Scottish Leaving Certificate Examination, 1960
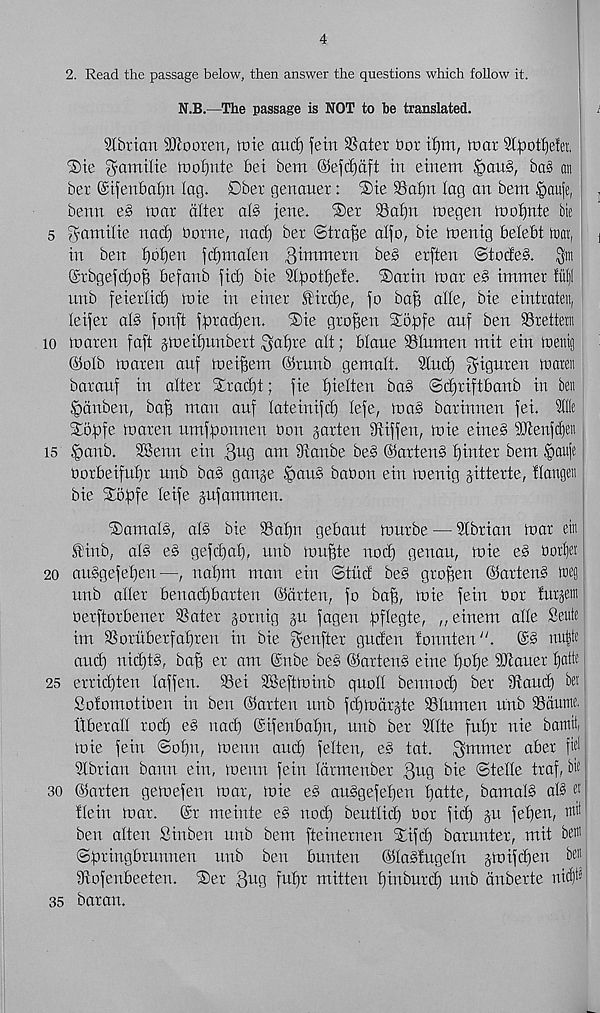
4
2. Read the passage below, then answer the questions which follow it.
N.B.—The passage is NOT to be translated.
SCbricm Sftooren, tote ctucf) feitt SSater hot tfjm, mat St^ottjefer.
®te gamilte iDoI^nte bei bem ®efd)aft in einem §au§, ba§ an
ber ©tfenbafjn lag. Dber genaiter: ®te 9Sai)n lag an bem ^auje,
benn e§ mar alter al§ jene. ®er SSafjn megen mofjnte Me
5 gamilie nad) borne, nad) ber ©tra^e alfo, bte mentg belebt tnat,
in ben fjbfjen fc^malen Qxmxmm be§ erften @tode§. Qm
(£rbgefct)o^ befanb fid) bie Slpotf)e!e. ®arin toar e§ immer fitf
unb feierlid) mie in einer fird)e, fo ba^ alle, bie eintraten,
leijer al§ fonft fpradjen. 'Sie gro^en Solafe anf ben 93rettern
io loaren faft jmeifjunbert ^af)re alt; blaue Slumen mit ein loenig
©olb loaren auf loei^em ©rnnb gemalt. Stud) ^iguren toareii
barauf in alter £rad)t; fie fjielten ba§ ©c^riftbanb in ben
§dnben, ba§ man auf lateinifd) lefe, loa§ barinnen fei. llle
Stopfe loaren umffDonnen bon garten Stiffen, loie eine§ SDtenf^en
is §anb. 3Benn ein
am Svanbe be§ @arten§ Winter bem §aujc
borbeifnljr unb ba§ gange §au§ babon ein loenig jitterte, Haugen
bie SLbpfe leife jufammen.
®am|fa, al§ bie SSafjn gebaut lourbe — Slbrian toar ein
tilth, al§ e§ gefdial), unb touffte nod) genau, loie e§ border
20 ausSfefien—, naf)m man ein ©tiid be§ groffen ©arten§ weg
unb aller benadgbarten ©drten, fo ba^, loie feiu bor futjetn
berftorbener SSater jornig gu fagen bP e gie, „ einem alle Seute
im SSoruberfaljren in bie ^enfter guden tonnten “. ©§ nu|te
aud) nidjtg, ba§ er am @nbe be§ @arten§ eine f)ol)e iDtauer Ifatte
25 erridjten laffen. 93ei SBeftloinb quoll bennod) ber Stand) bet
Sotomotiben in ben (flatten unb fdgtodrgte SSlumen Uub SSduine.
tiberall rod) e§ nad) @ifenbaf)n, unb ber Sllte fut)r nie battitii
toie fein ©olfu, toenn and) felten, e§ tat. ^mmer aber fiel
SIbrian bann ein, menu fein Idtmenber Qug bie ©telle traf, tic
30 ©arten geioefen mar, mie e§ au§gefef)en tjatte, bamal§ al§ w
Hein mar. (Sr meinte e§ nod) beutlid) bor fid) ju fe^en,
ben alten Sinben unb bem fteinernen £ifd) barunter, mit bew
©pringbrunnen unb ben bunten ©la^tugeln §mifd)en be«
Stofenbeeten. ®er 3 U 9 f u l)r mitten pinburd) unb dnberte niff’
35 baran.